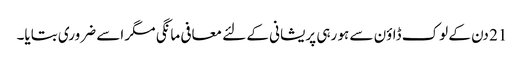
21 دن کے لوک ڈاؤن سے ہو رہی پریشانی کے لئے معافی مانگی مگر اسے ضروری بتایا۔